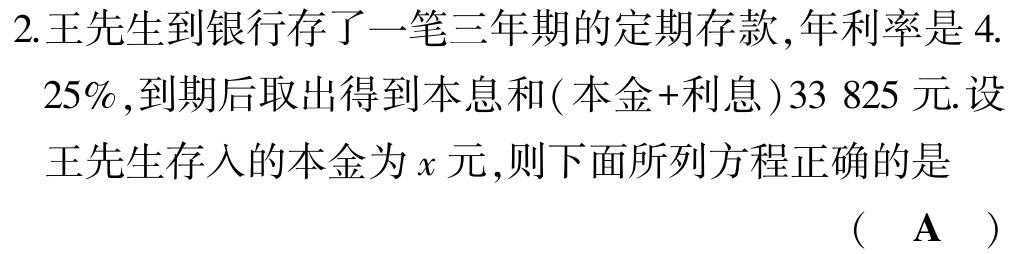
2.王先生到银行存了一笔三年期的定期存款,年利率是$4.25\%$,到期后取出得到本息和(本金+利息)$33\ 825$元.设王先生存入的本金为$x$元,则下面所列方程正确的是
( A )